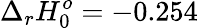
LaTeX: \Delta_{r}H_{0}^{o}=-0.254